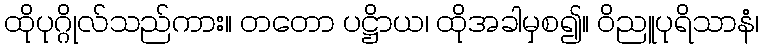
ထိုပုဂ္ဂိုလ်သည်ကား။ တတော ပဋ္ဌိာယ၊ ထိုအခါမှစ၍။ ဝိညူပုရိသာနံ၊